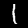
Label: 1